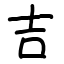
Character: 吉